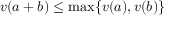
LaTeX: v ( a + b ) \leq \mathrm { m a x } \{ v ( a ) , v ( b ) \}